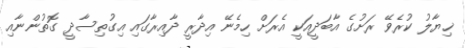
ޚިޔާލު ކުރެވޭ ރަށުގެ އާބަދީއަކީ އެރަށް ހިމެނޭ އިދާރީ ދާއިރާގައި އިގުތިސާދީ ގޮތުންނާއި